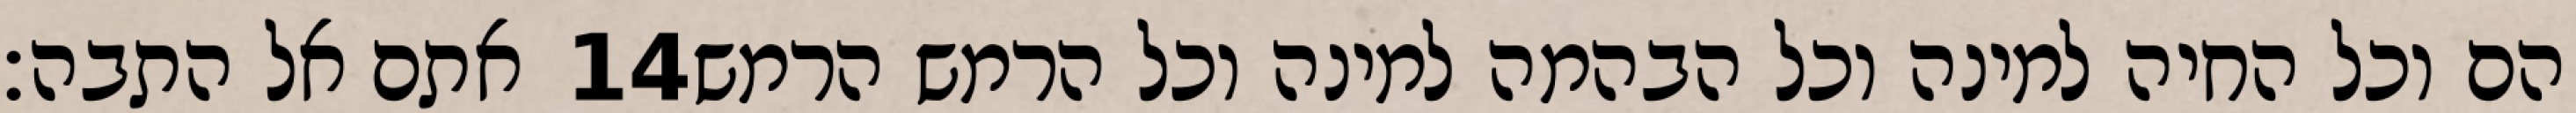
אתם אל התבה׃ ‎14‏ הם וכל החיה למינה וכל הבהמה למינה וכל הרמש הרמש